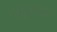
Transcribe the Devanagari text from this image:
विद्युतशक्ती